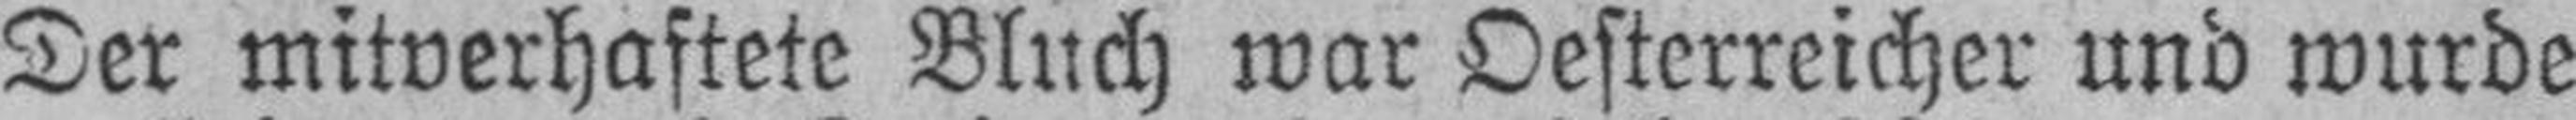
Der mitverhaftete Bluch war Oesterreicher und wurde